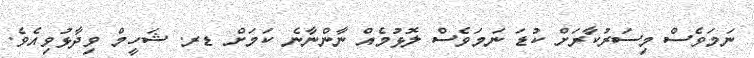
ނަމަވެސް މިސަރުކާރަށް ކުޑަ ނަމަވެސް ލޮޅުމެއް ނާންނާނެ ކަމަށް ޑރ. ޝަހީމް ވިދާޅުވިއެވެ.